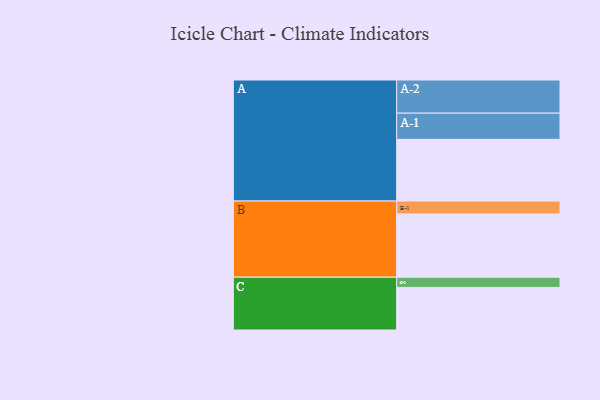
{"axis": {"x": "Segment", "y": "Value"}, "legend": ["", "A", "B", "C"], "data": [{"x": "A", "y": 555, "type": ""}, {"x": "B", "y": 569, "type": ""}, {"x": "C", "y": 383, "type": ""}, {"x": "A-1", "y": 236, "type": "A"}, {"x": "A-2", "y": 298, "type": "A"}, {"x": "B-1", "y": 116, "type": "B"}, {"x": "C-1", "y": 92, "type": "C"}]}